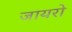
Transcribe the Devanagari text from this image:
जायरो